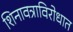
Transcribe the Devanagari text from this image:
शिनावत्राविरोधात